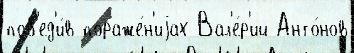
поб'ед'и́в пораже́н'иjах Вал'е́р'ий Анто́нов